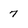
Character: 7